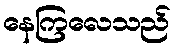
နေကြလေသည်